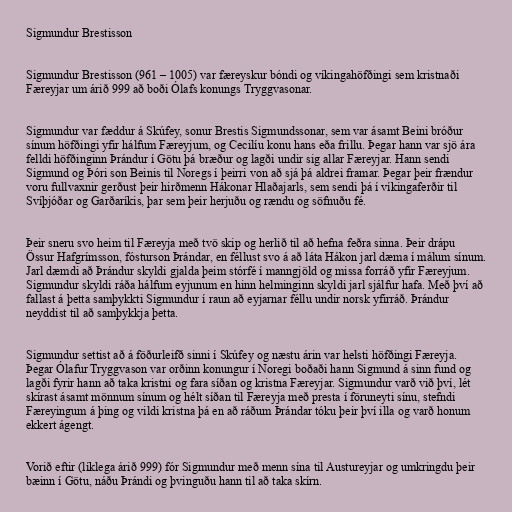
Sigmundur Brestisson

Sigmundur Brestisson (961 – 1005) var færeyskur bóndi og víkingahöfðingi sem kristnaði
Færeyjar um árið 999 að boði Ólafs konungs Tryggvasonar.

Sigmundur var fæddur á Skúfey, sonur Brestis Sigmundssonar, sem var ásamt Beini bróður
sínum höfðingi yfir hálfum Færeyjum, og Cecilíu konu hans eða frillu. Þegar hann var sjö ára
felldi höfðinginn Þrándur í Götu þá bræður og lagði undir sig allar Færeyjar. Hann sendi
Sigmund og Þóri son Beinis til Noregs í þeirri von að sjá þá aldrei framar. Þegar þeir frændur
voru fullvaxnir gerðust þeir hirðmenn Hákonar Hlaðajarls, sem sendi þá í víkingaferðir til
Svíþjóðar og Garðaríkis, þar sem þeir herjuðu og rændu og söfnuðu fé.

Þeir sneru svo heim til Færeyja með tvö skip og herlið til að hefna feðra sinna. Þeir drápu
Össur Hafgrímsson, fósturson Þrándar, en féllust svo á að láta Hákon jarl dæma í málum sínum.
Jarl dæmdi að Þrándur skyldi gjalda þeim stórfé í manngjöld og missa forráð yfir Færeyjum.
Sigmundur skyldi ráða hálfum eyjunum en hinn helminginn skyldi jarl sjálfur hafa. Með því að
fallast á þetta samþykkti Sigmundur í raun að eyjarnar féllu undir norsk yfirráð. Þrándur
neyddist til að samþykkja þetta.

Sigmundur settist að á föðurleifð sinni í Skúfey og næstu árin var helsti höfðingi Færeyja.
Þegar Ólafur Tryggvason var orðinn konungur í Noregi boðaði hann Sigmund á sinn fund og
lagði fyrir hann að taka kristni og fara síðan og kristna Færeyjar. Sigmundur varð við því, lét
skírast ásamt mönnum sínum og hélt síðan til Færeyja með presta í föruneyti sínu, stefndi
Færeyingum á þing og vildi kristna þá en að ráðum Þrándar tóku þeir því illa og varð honum
ekkert ágengt.

Vorið eftir (líklega árið 999) fór Sigmundur með menn sína til Austureyjar og umkringdu þeir
bæinn í Götu, náðu Þrándi og þvinguðu hann til að taka skírn.